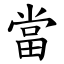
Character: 當